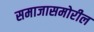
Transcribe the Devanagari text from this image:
समाजासमोरील